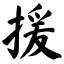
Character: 援